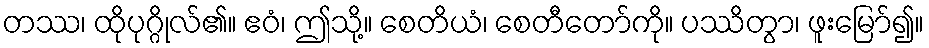
တဿ၊ ထိုပုဂ္ဂိုလ်၏။ ဧဝံ၊ ဤသို့။ စေတိယံ၊ စေတီတော်ကို။ ပဿိတွာ၊ ဖူးမြော်၍။